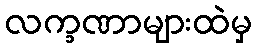
လက္ခဏာများထဲမှ